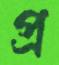
প্র